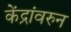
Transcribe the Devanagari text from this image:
केंद्रांवरुन